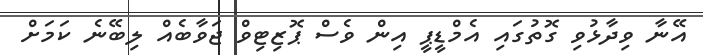
އޭނާ ވިދާޅުވި ގޮތުގައި އެމްޑީޕީ އިން ވެސް ޕޮޒިޓިވް ޖަވާބެއް ލިބޭނެ ކަމަށް